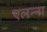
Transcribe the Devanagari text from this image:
एलन्ना